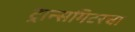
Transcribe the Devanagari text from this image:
ट्रान्समिटरचा